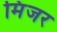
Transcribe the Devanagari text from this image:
मिंजर